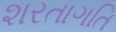
શરતાગતિ